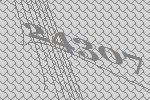
24307